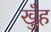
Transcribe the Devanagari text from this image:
खुँह